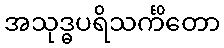
အသုဒ္ဓပရိသင်္ကိတော